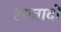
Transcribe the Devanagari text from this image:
रंगवादी